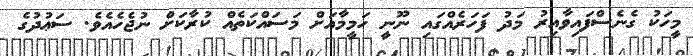
މީހަކު ގެނެސްފައިވާއިރު މަދު ފަހަރެއްގައި ނޫނީ ހަމީމާއަށް މަސައްކަތެއް ކުރާކަށް ނުޖެހެއެވެ. ސަޢުދުގެ